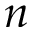
n